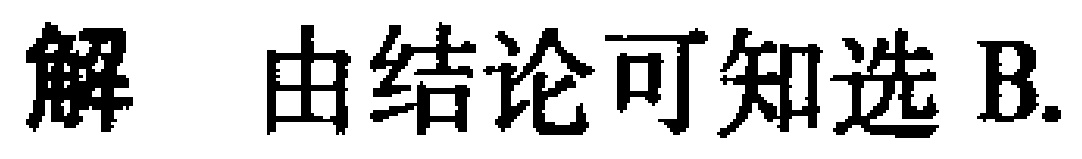
解 由结论可知选 B.